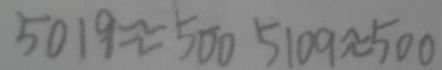
5 0 1 9 \approx 5 0 0 5 1 0 9 \approx 5 0 0